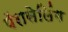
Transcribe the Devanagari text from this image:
पॅरासेलिंग